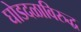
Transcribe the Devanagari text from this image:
घोडदळाविरुद्ध